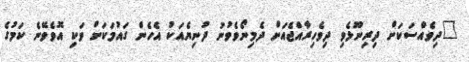
"ދިވެއްސަކަށް ދިރިނޫޅެވި ދިވެހިރާއްޖެއަށް ދެމިނޯވެވުނު ދުނިޔެއަކު އެހެން ގައުމަކަށް ވަކި އޮވެވޭނެ ކަމުގެ